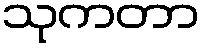
သုကတာ